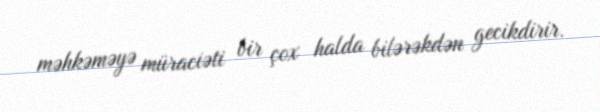
məhkəməyə müraciəti bir çox halda bilərəkdən gecikdirir.